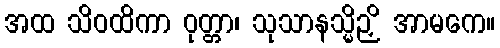
အထ သိဝထိကာ ဝုတ္တာ၊ သုသာနသ္မိဉှိ အာမကေ။